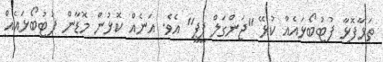
ތަޅާފޮޅާ ފުޓުބޯޅައެއް ކުޅޭ "ޖަންގަލް ޕީޕީ" އެވެ. އަނެއް ކޮޅުން މޮޑާން ފުޓުބޯޅައެއް